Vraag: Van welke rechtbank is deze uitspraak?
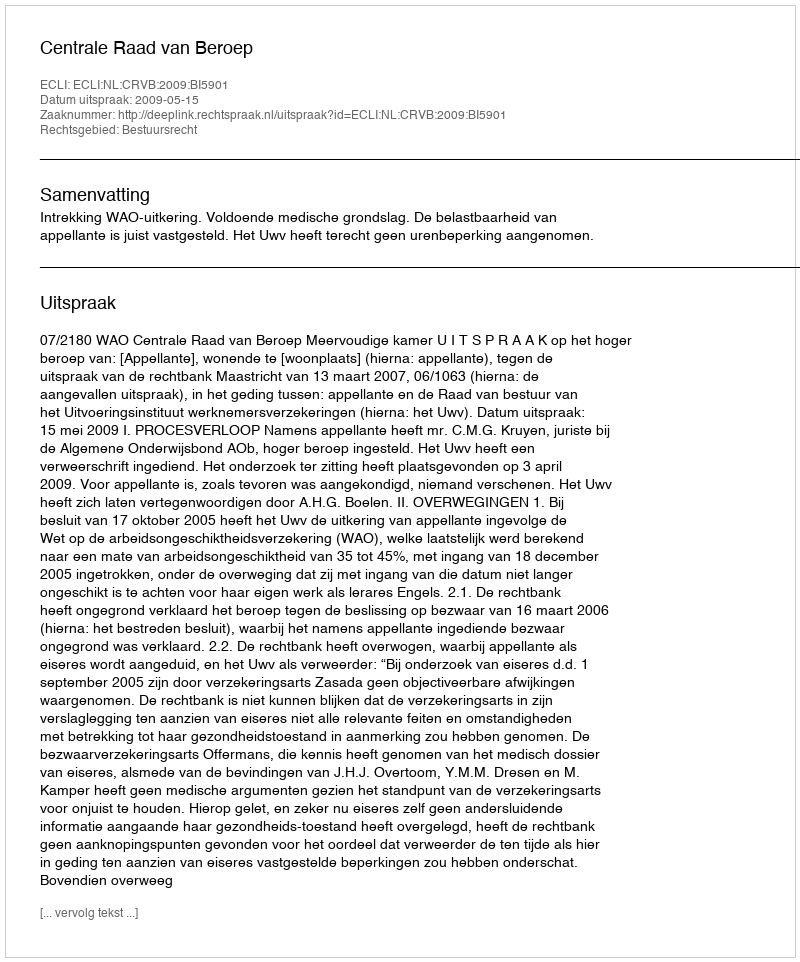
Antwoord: Centrale Raad van Beroep